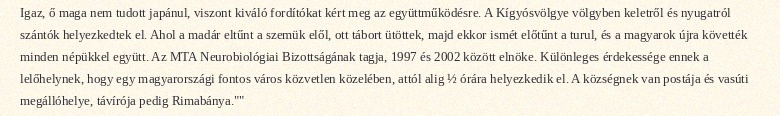
Igaz, ő maga nem tudott japánul, viszont kiváló fordítókat kért meg az együttműködésre. A Kígyósvölgye völgyben keletről és nyugatról szántók helyezkedtek el. Ahol a madár eltűnt a szemük elől, ott tábort ütöttek, majd ekkor ismét előtűnt a turul, és a magyarok újra követték minden népükkel együtt. Az MTA Neurobiológiai Bizottságának tagja, 1997 és 2002 között elnöke. Különleges érdekessége ennek a lelőhelynek, hogy egy magyarországi fontos város közvetlen közelében, attól alig ½ órára helyezkedik el. A községnek van postája és vasúti megállóhelye, távírója pedig Rimabánya.""